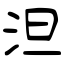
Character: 泹